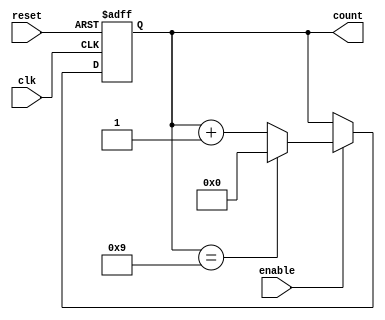
module bcd_counter (
    input wire clk,       // Clock signal
    input wire reset,     // Asynchronous reset signal
    input wire enable,    // Optional enable signal
    output reg [3:0] count // 4-bit output representing the current BCD value (0-9)
);

    // Always block triggered on positive edge of the clock or asynchronous reset
    always @(posedge clk or posedge reset) begin
        if (reset) begin
            count <= 4'b0000; // Reset count to 0
        end else if (enable) begin
            if (count == 4'b1001) begin
                count <= 4'b0000; // Reset count to 0 when it reaches 10 (1010)
            end else begin
                count <= count + 1; // Increment count
            end
        end
    end

endmodule